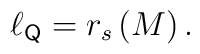
\ell _{{\sf Q}}=r_s\left( M\right) .